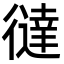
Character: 㣵